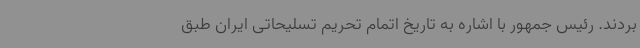
بردند. رئیس جمهور با اشاره به تاریخ اتمام تحریم تسلیحاتی ایران طبق